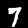
Digit: 7